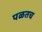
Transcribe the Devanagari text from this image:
पळतच